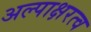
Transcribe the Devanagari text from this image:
अल्पाक्षरत्व